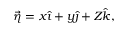
\vec { \eta } = x \hat { \imath } + y \hat { \jmath } + Z \hat { k } ,